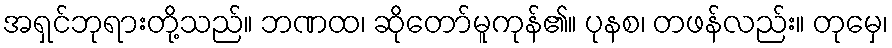
အရှင်ဘုရားတို့သည်။ ဘဏထ၊ ဆိုတော်မူကုန်၏။ ပုနစ၊ တဖန်လည်း။ တုမှေ၊